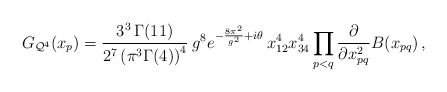
\begin{align*}G_{{\cal Q}^4}(x_p) =\frac{3^{3} \, \Gamma(11)}{2^{7}\left(\pi^3 \Gamma(4) \right)^{4}} \: g^{8} e^{-\frac{8\pi^2}{g^2} + i\theta} \, x_{12}^4 x_{34}^4 \prod_{p<q} \frac{\partial}{\partial x_{pq}^2} B(x_{pq}) \, , \end{align*}